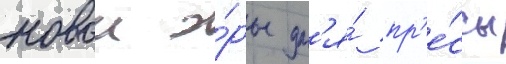
новои э́ры дл'я́ пр'е́ссы